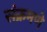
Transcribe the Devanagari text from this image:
संक्रमणे